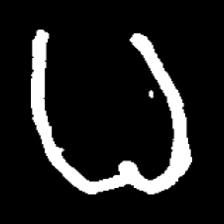
Pyu character \u2014 Myanmar letter: ဓ (romanized: dha)